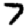
Digit: 7